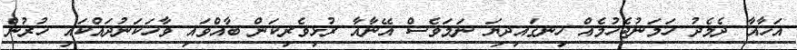
އަޚާއާ ދެމެދު ހަމަނުޖެހުމެއް ހިނގައިދިޔަ ނަމަވެސް އޭނާއާ ރުޅިވެރިކަން ބާއްވައި ވާހަކަނުދައްކައި ހުރުން